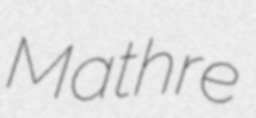
Mathre